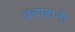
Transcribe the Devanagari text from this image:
अबाहानी